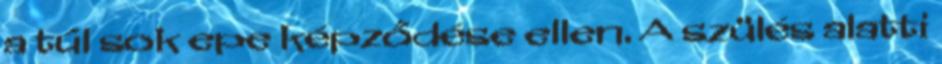
a túl sok epe képződése ellen. A szülés alatti